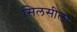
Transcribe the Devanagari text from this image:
सिलसीला